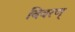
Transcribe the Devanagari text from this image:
विवरण्‌